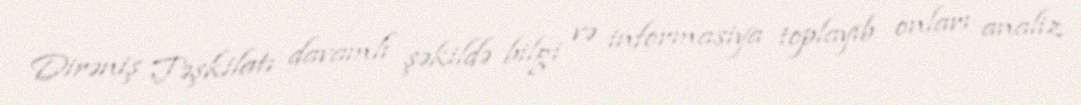
Dirəniş Təşkilatı davamlı şəkildə bilgi və informasiya toplayıb onları analiz